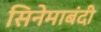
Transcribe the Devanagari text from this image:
सिनेमाबंदी